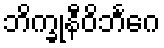
ဘိက္ခုနီဝိဘင်္ဂေ